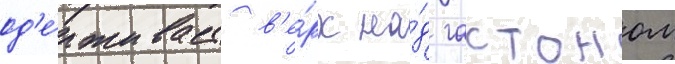
од'е́рживает в'е́рх на́д гастоном